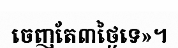
ចេញតែ៣ថ្ងៃទេ»។